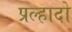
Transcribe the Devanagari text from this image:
प्रल्हादो